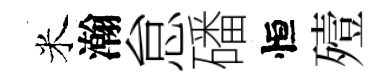
米瀚怠磻恒殪